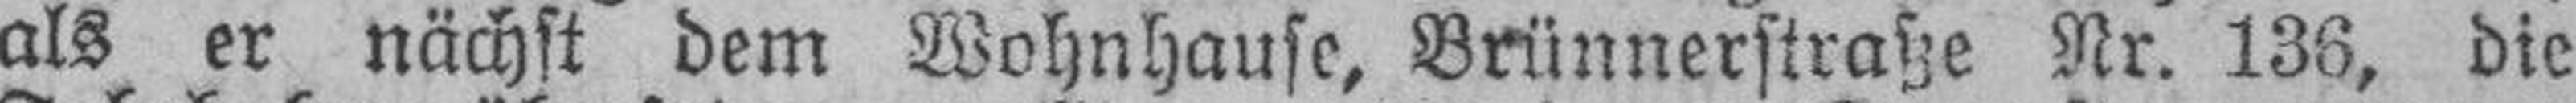
als er nächst dem Wohnhause, Brünnerstraße Nr. 136, die